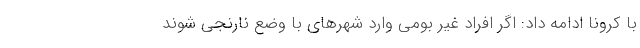
با کرونا ادامه داد: اگر افراد غیر بومی وارد شهرهای با وضع نارنجی شوند